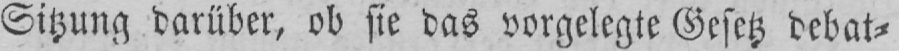
Sitzung darüber, ob sie das vorgelegte Gesetz debat⸗